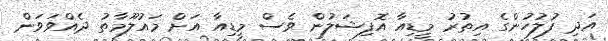
އަދި ފުލުހުންގެ އިތުރު މީޑިއާ އޮފިޝަލުން ވެސް މީޑިއާ އަށް މައުލޫމާތު ދެއްވަވަން